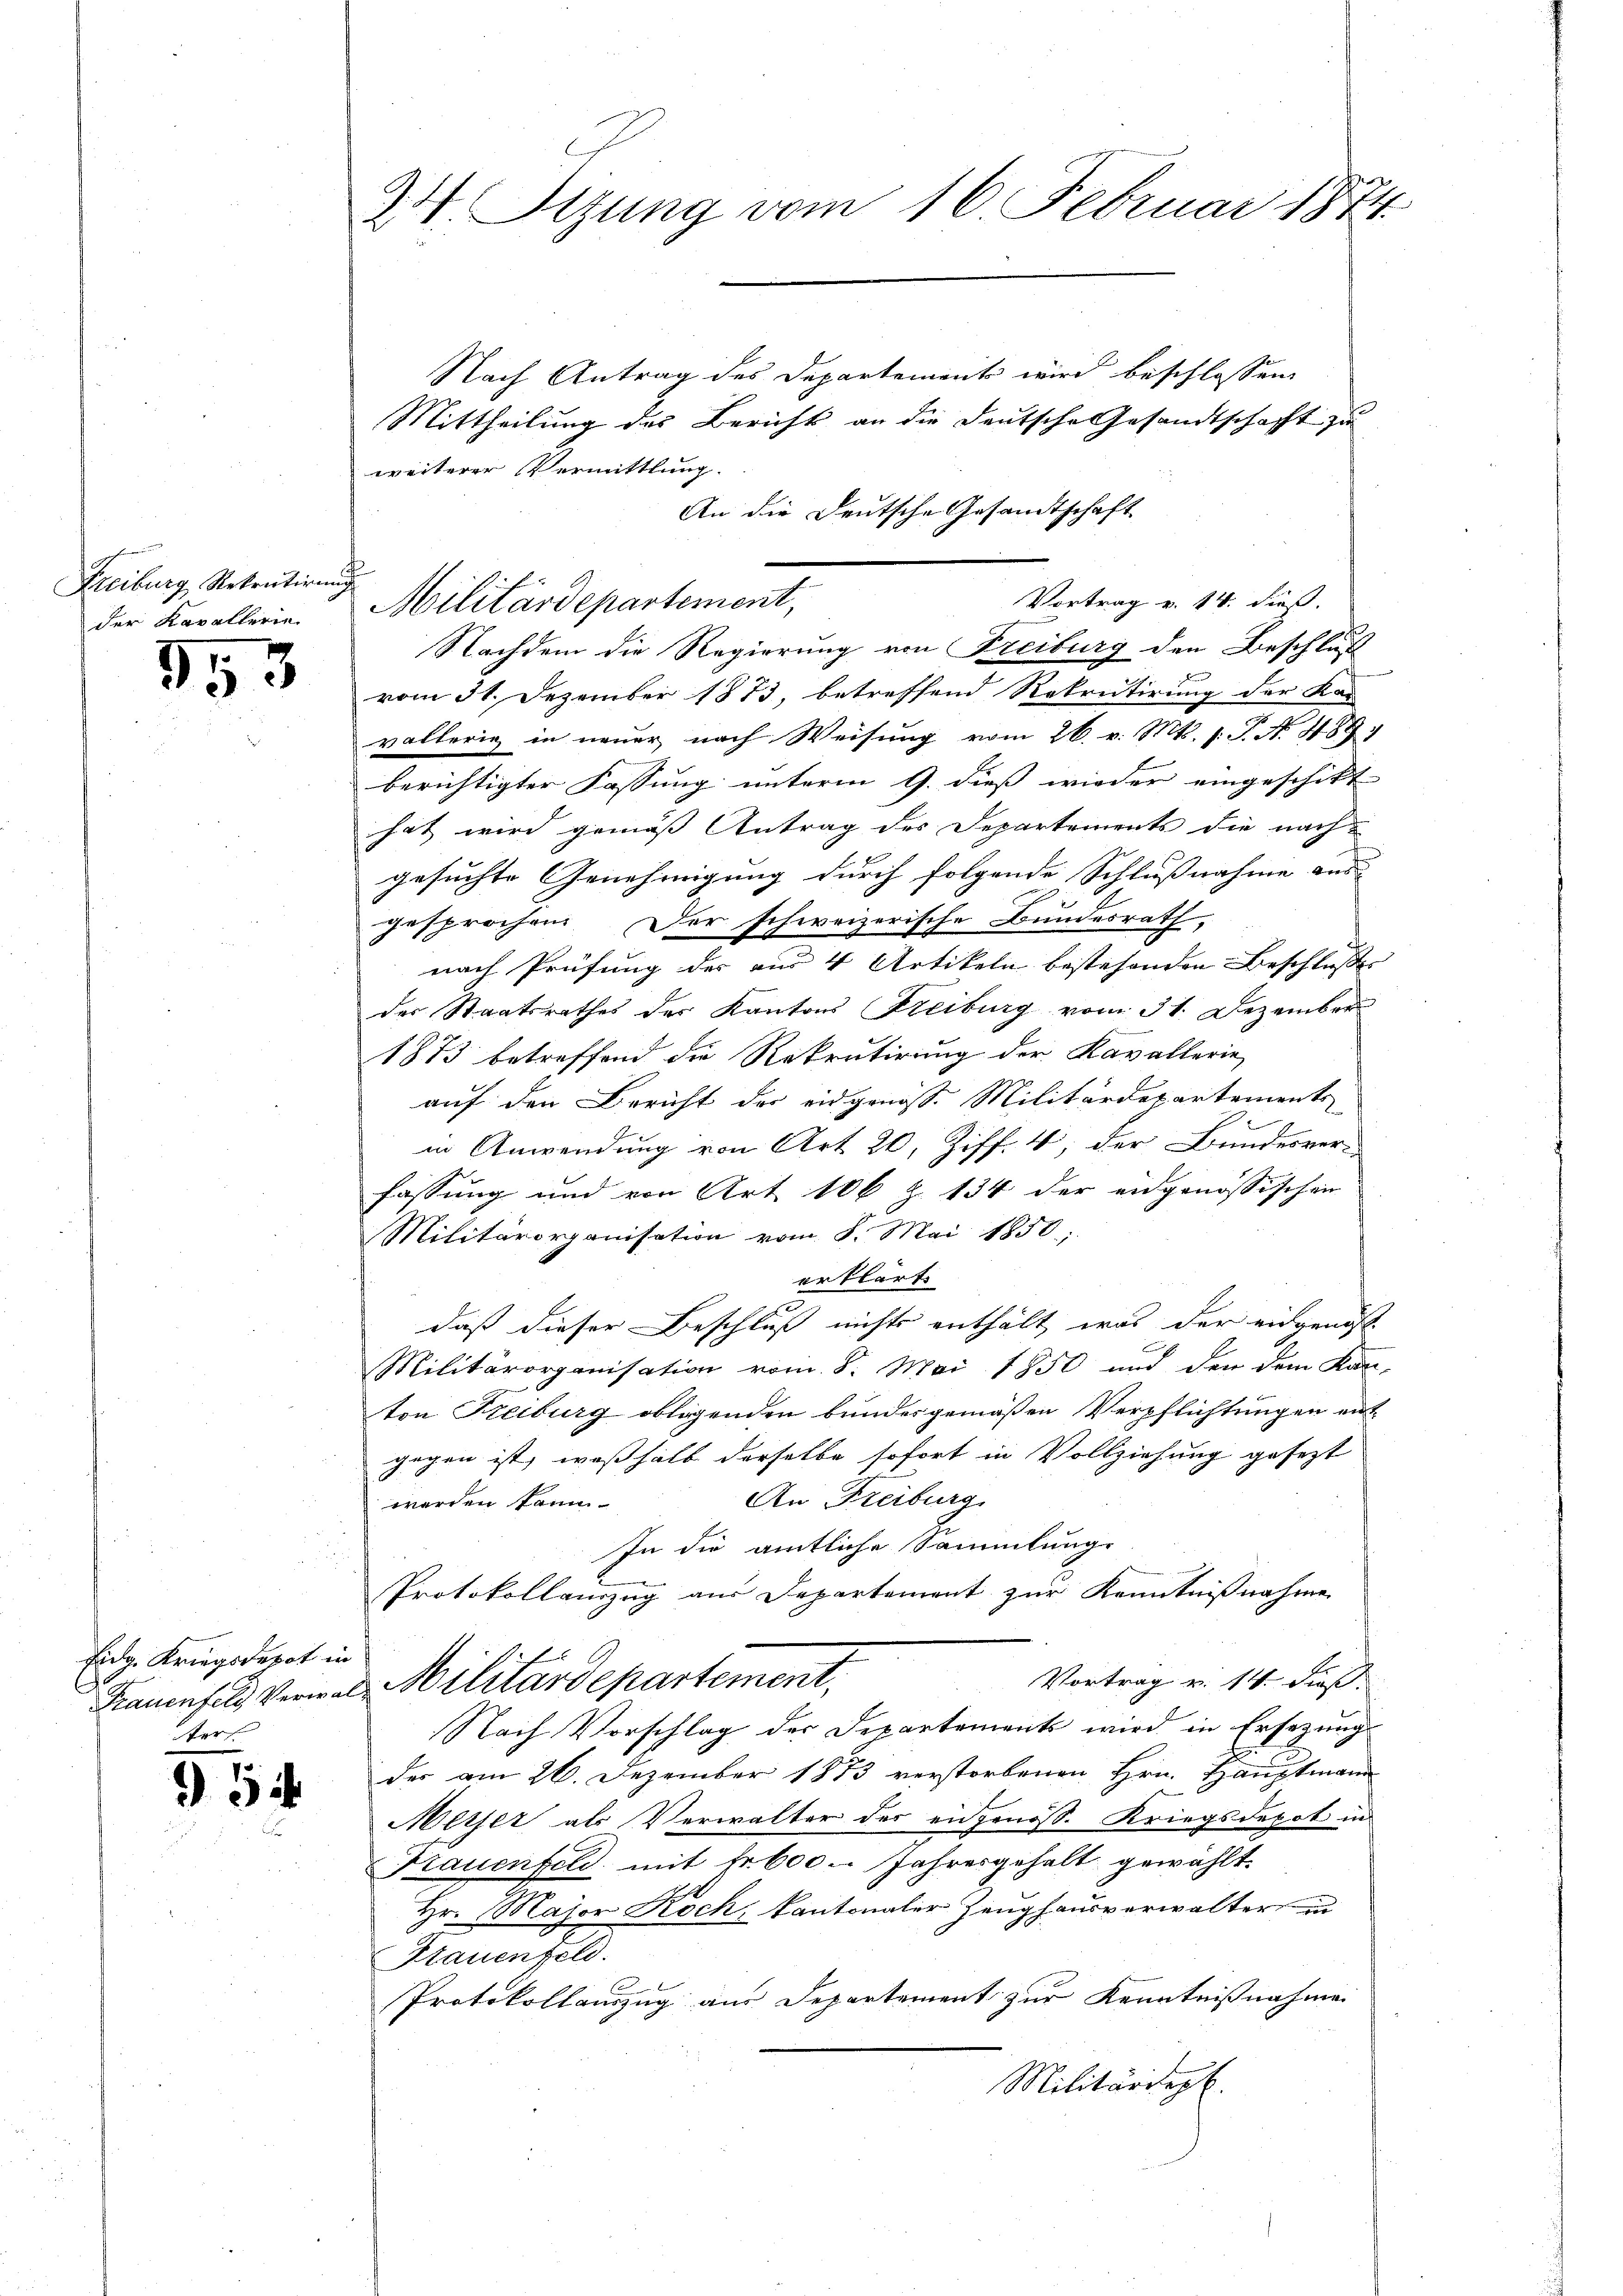
Freiburg, Rekrutirung
der Kavallerie

953

Eidg. Kriegsdepot in
ter.

954

24. Stzung vom 16. Februar 1874.

Nach Antrag des Departement wird beschlossen,
Mittheilung des Bericht an die Deutsche Gesandtschaft zu
weiterer Vermittlung.
An die Deutsche Gesandtschaft
Nachdem die Regierung von Freiburg den Beschluß
vom 31. Dezember 1873, betreffend Rekrutirung der Ka-
vallerig in neuer nach Weisung vom 26. v. Mts. 1. P. N. 489
berichtigter Fassung unterm 9. dieß wieder eingeschikt
hat wird gemäß Antrag des Departements die nach
gesuchte Genehmigung durch folgende Schlußnahme ans
gesprochen. Der schweizerische Bundesrath,
nach Prüfung der aus 4 Artikeln bestehenden Beschluße
der Staatsrathes der Kantons Freiburg vom 31. Dezember
1873 betreffend die Rekrutirung der Kavallerie
auf den Bericht der eidgenösse Militärdepartements
in Anwendung von Art. 20, Ziff. 4, der Bundesver-
fassung und von Art. 106 Z. 134 der eidgenössischen
Militärorganisation vom 8. Mai 1850.
erklärt.
daß dieser Beschluß nichts enthält, was der eidgenoss
Militärorganisation vom 8. Mai 1850 und den dem Kan-
ton Freiburg obligenden bundesgemäßen Verpflichtungen ent
gegen ist, weßhalb derselbe sofort in Vollziehung gesezt
An Freiburg
werden könn
In die amtliche Sammlunge
u
Protokollauzug aus Departement zur Kenntnißnahme
Vortrag v. 14. dieß
Frauenfeld Vermel Militärdepartement,
Nach Vorschlag der Departements wird in Ersezung
der am 26. Dezember 1873 verstorbenen Hrn. Hauptmann
Meiser als Verwalter des eidgenöss. Kriegsdepot in
Frauenfeld, mit Fr. 600. Jahresgehalt gewählt.
Hr. Major Koch, kantonaler Zeughausverwalter in
Frauenfeld.
Protokollauszug aus Departement zur Kenntnißnahme
Militärdept.

Militärdepartement,

Vortrag v. 24. dieß.